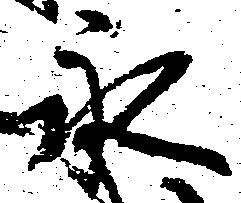
永